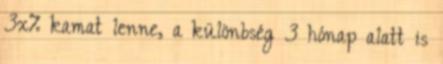
3x% kamat lenne, a különbség 3 hónap alatt is